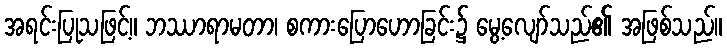
အရင်းပြုသဖြင့်။ ဘဿာရာမတာ၊ စကားပြောဟောခြင်း၌ မွေ့လျော်သည်၏ အဖြစ်သည်။